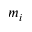
m _ { i }